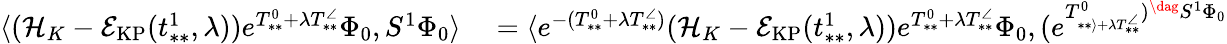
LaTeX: \begin{array}{rl}{\langle(\mathcal{H}_{K}-\mathcal{E}_{\mathrm{KP}}(t_{**}^{1},\lambda))e^{T_{**}^{0}+\lambda T_{**}^{\angle}}\Phi_{0},S^{1}\Phi_{0}\rangle}&{{}=\langle e^{-(T_{**}^{0}+\lambda T_{**}^{\angle})}(\mathcal{H}_{K}-\mathcal{E}_{\mathrm{KP}}(t_{**}^{1},\lambda))e^{T_{**}^{0}+\lambda T_{**}^{\angle}}\Phi_{0},(e^{T_{**\rangle+\lambda T_{**}^{\angle}}^{0})^{\dag}S^{1}\Phi_{0}}}\end{array}